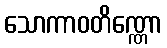
သောကာဝတိဏ္ဏော